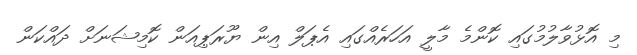
މި އޮޅުވާލުމުގައި ކޮންމެ މާލީ އަހަރެއްގައި އެޕަލް އިން ޔޫރަޕިއަން ކޮމިޝަނަށް ދައްކަން